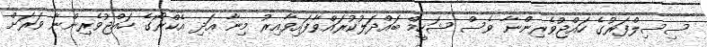
ސިސިލްފަރުގެ ހައްޖުވެރިންނާ ވެސް ޝަހީމް ބައްދަލުކުރައްވާފައިވާއިރު މިނާ އަދި އެކްރޯގެ ހައްޖުވެރިންނާ ވަރަށް